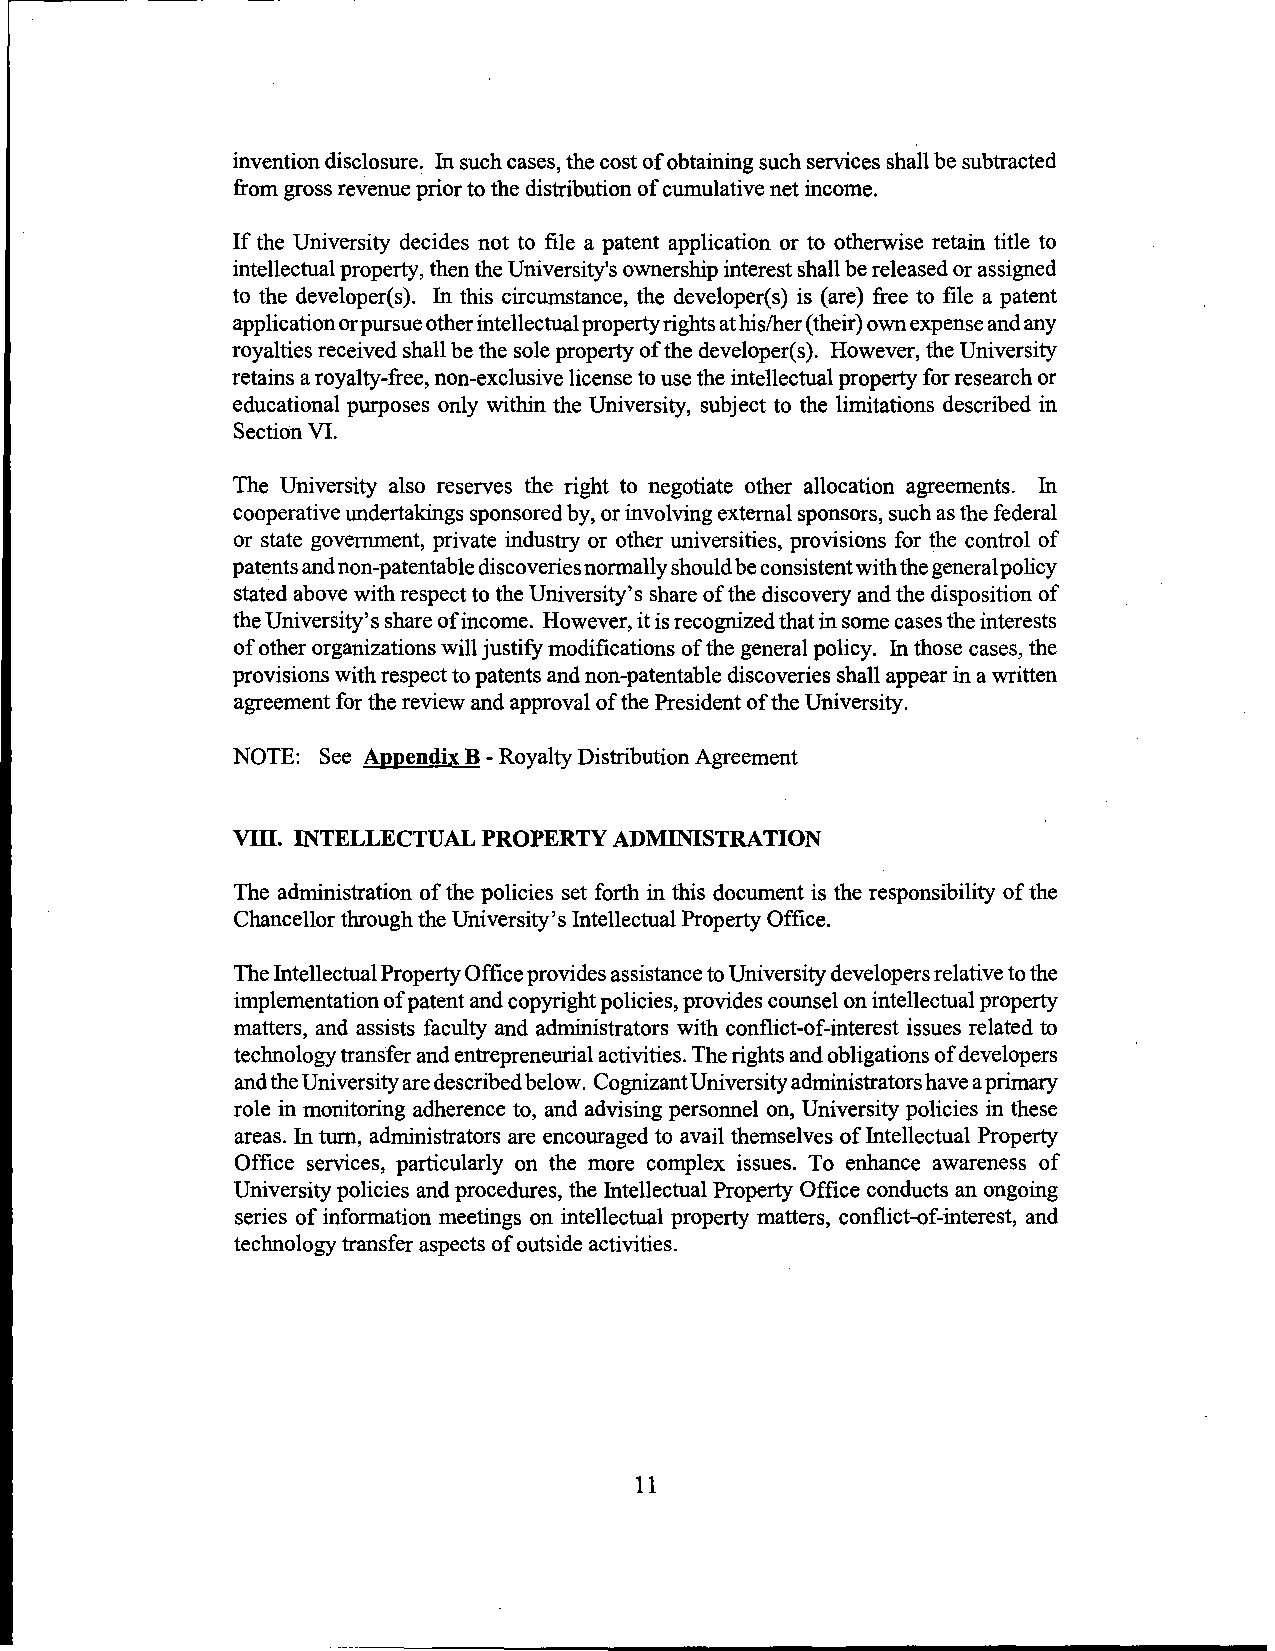
invention disclosure. In such cases, the cost of obtaining such services shall be subtracted
 from gross revenue prior to the distribution of cumulative net income.
 If the University decides not to file a patent application or to otherwise retain title to
 intellectual property, then the University's ownership interest shall be released or assigned
 to the developer(s). In this circumstance, the developer(s) is (are) free to file a patent
 application or pursue other intellectual property rights at his/her (t heir) own expense and any
 royalties received shall be the sole property of the developer(s). However, the University
 retains a royalty-free, non-exclusive license to use the intellectual property for research or
 educational purposes only within the University, subject to the limitations described in
 Section VI.
 The University also reserves the right to negotiate other allocation agreements. In
 cooperative undertakings sponsored by, or involving external sponsors, such as the federal
 or state government, private industry or other universities, provisions for the control of
 patents and non-patentable discoveries normally should be consistent with the general policy
 stated above with respect to the University's share of the discovery and the disposition of
 the University's share of income. However, it is recognized that in some cases the interests
 of other organizations will justify modifications of the general policy. In those cases, the
 provisions with respect to patents and non-patentable discoveries shall appear in a written
 agreement for the review and approval of the President of the University.
 NOTE: See Appendix B -Royalty Distribution Agreement
 VIII. INTELLECTUAL PROPERTY ADMINISTRATION
 The administration of the policies set forth in this document is the responsibility of the
 Chancellor through the University's Intellectual Property Office.
 The Intellectual Property Office provides assistance to University developers relative to the
 implementation of patent and copyright policies, provides counsel on intellectual property
 matters, and assists faculty and administrators with conflict-of-interest issues related to
 technology transfer and entrepreneurial activities. The rights and obligations of developers
 and the University are described below. Cognizant University administrators have a primary
 role in monitoring adherence to, and advising personnel on, University policies in these
 areas. In tum, administrators are encouraged to avail themselves of Intellectual Property
 Office services, particularly on the more complex issues. To enhance awareness of
 University policies and procedures, the Intellectual Property Office conducts an ongoing
 series of information meetings on intellectual property matters, conflict-of-interest, and
 technology transfer aspects of outside activities.
 11